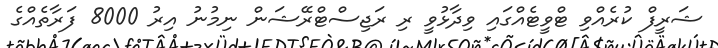
ޝަރީފް ކުރެއްވި ޓްވީޓެއްގައި ވިދާޅުވީ ރި ރަޖިސްޓްރޭޝަން ނިމުނު އިރު 8000 ފަރާތެއްގެ